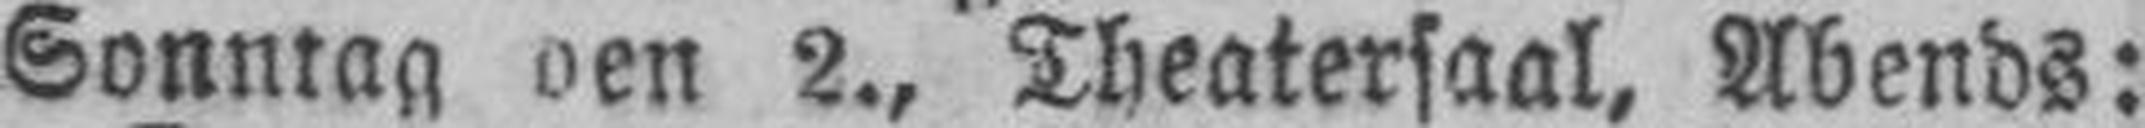
Sonntag den 2., Theatersaal, Abends: